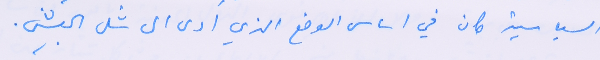
السياسية كان في اساس الوضع الذي ادى الى شل الجيش.